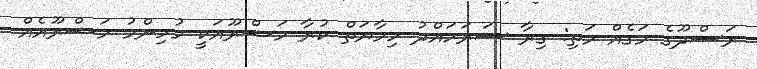
ރަސްދޫގެ މަގެއް މަތި: ގިރާ ސަރަހައްދު ހިމާޔަތް ކުރާ މަޝްރޫއަކީ މުހިންމު މަޝްރޫއެއް